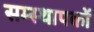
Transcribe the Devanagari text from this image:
सम्स्थापकों